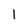
Character: l